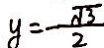
y = \frac { \sqrt { 3 } } { 2 }